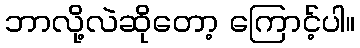
ဘာလို့လဲဆိုတော့ ကြောင့်ပါ။